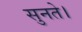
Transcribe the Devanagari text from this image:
सुनते।